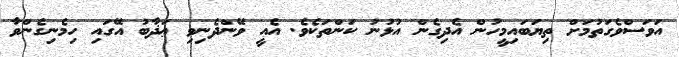
އަވަސްވެގަތުމަށް ތިޔަބައިމީހުން އެދިގެން އުޅުނު ކަންތަކެވެ. އެއީ ވޭންދެނިވި ޢަޛާބު އޭގައި ހިމެނިގެންވާ